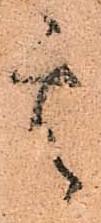
其